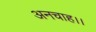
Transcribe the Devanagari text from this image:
अनचाह।।